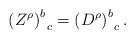
\begin{align*}\left( Z^\rho \right) _{\;\;c}^b=\left( D^\rho \right)_{\;\;c}^b.\end{align*}